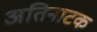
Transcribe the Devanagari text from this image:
अतिनाटक